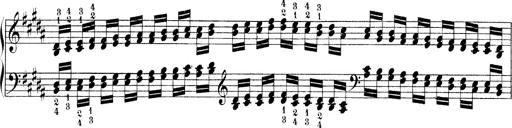
Title: Technische Studien
Composer: Franz Liszt